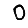
Digit: 0